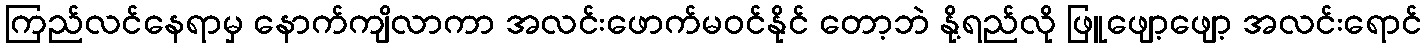
ကြည်လင်နေရာမှ နောက်ကျိလာကာ အလင်းဖောက်မဝင်နိုင် တော့ဘဲ နို့ရည်လို ဖြူဖျော့ဖျော့ အလင်းရောင်